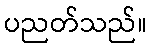
ပညတ်သည်။